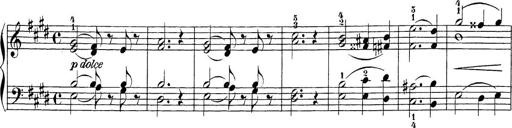
Title: Sonatina Album
Composer: Louis KÃ¶hler